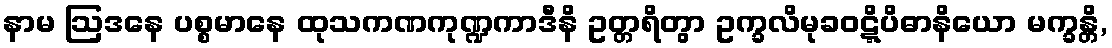
နာမ ဩဒနေ ပစ္စမာနေ ထုသကဏကုဏ္ဍကာဒီနိ ဥတ္တရိတွာ ဥက္ခလိမုခဝဋ္ဋိပိဓာနိယော မက္ခန္တိ,